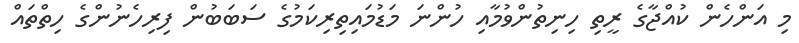
މި އަންހެން ކުއްޖާގެ ރީތި ހިނިތުންވުމާއި ހުންނަ މަޑުމައިތިރިކަމުގެ ސަބަބުން ފިރިހެނުންގެ ހިތްތައް